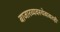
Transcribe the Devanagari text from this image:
बाजारव्यवस्थेबाबतही